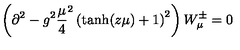
\left( \partial ^ { 2 } - g ^ { 2 } { \frac { \mu } { 4 } } ^ { 2 } \left( \mathrm { t a n h } ( z \mu ) + 1 \right) ^ { 2 } \right) W _ { \mu } ^ { \pm } = 0